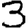
Digit: 3